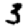
Digit: 3